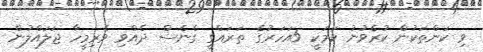
ވި ކަންތަކުން ކުރެވުނު ކަމަކީ 5އަހަރުގެ ތަރައްގީ ގެނެސް ދެއްވި ވެރިމީހާ ޖަލައްލުން